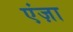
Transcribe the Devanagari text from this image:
एंज़ा